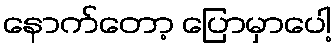
နောက်တော့ ပြောမှာပေါ့